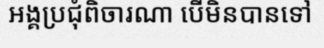
អង្គប្រជុំពិចារណា បើមិនបានទៅ